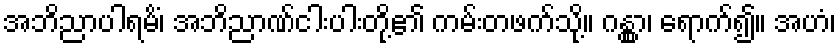
အဘိညာပါရမိံ၊ အဘိညာဏ်ငါးပါးတို့၏ ကမ်းတဖက်သို့။ ဂန္တွာ၊ ရောက်၍။ အဟံ၊